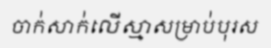
ចាក់សាក់លើស្មាសម្រាប់បុរស